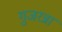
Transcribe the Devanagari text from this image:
गुजरन्ना